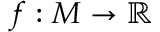
f : M \to \mathbb { R }